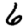
Digit: 6